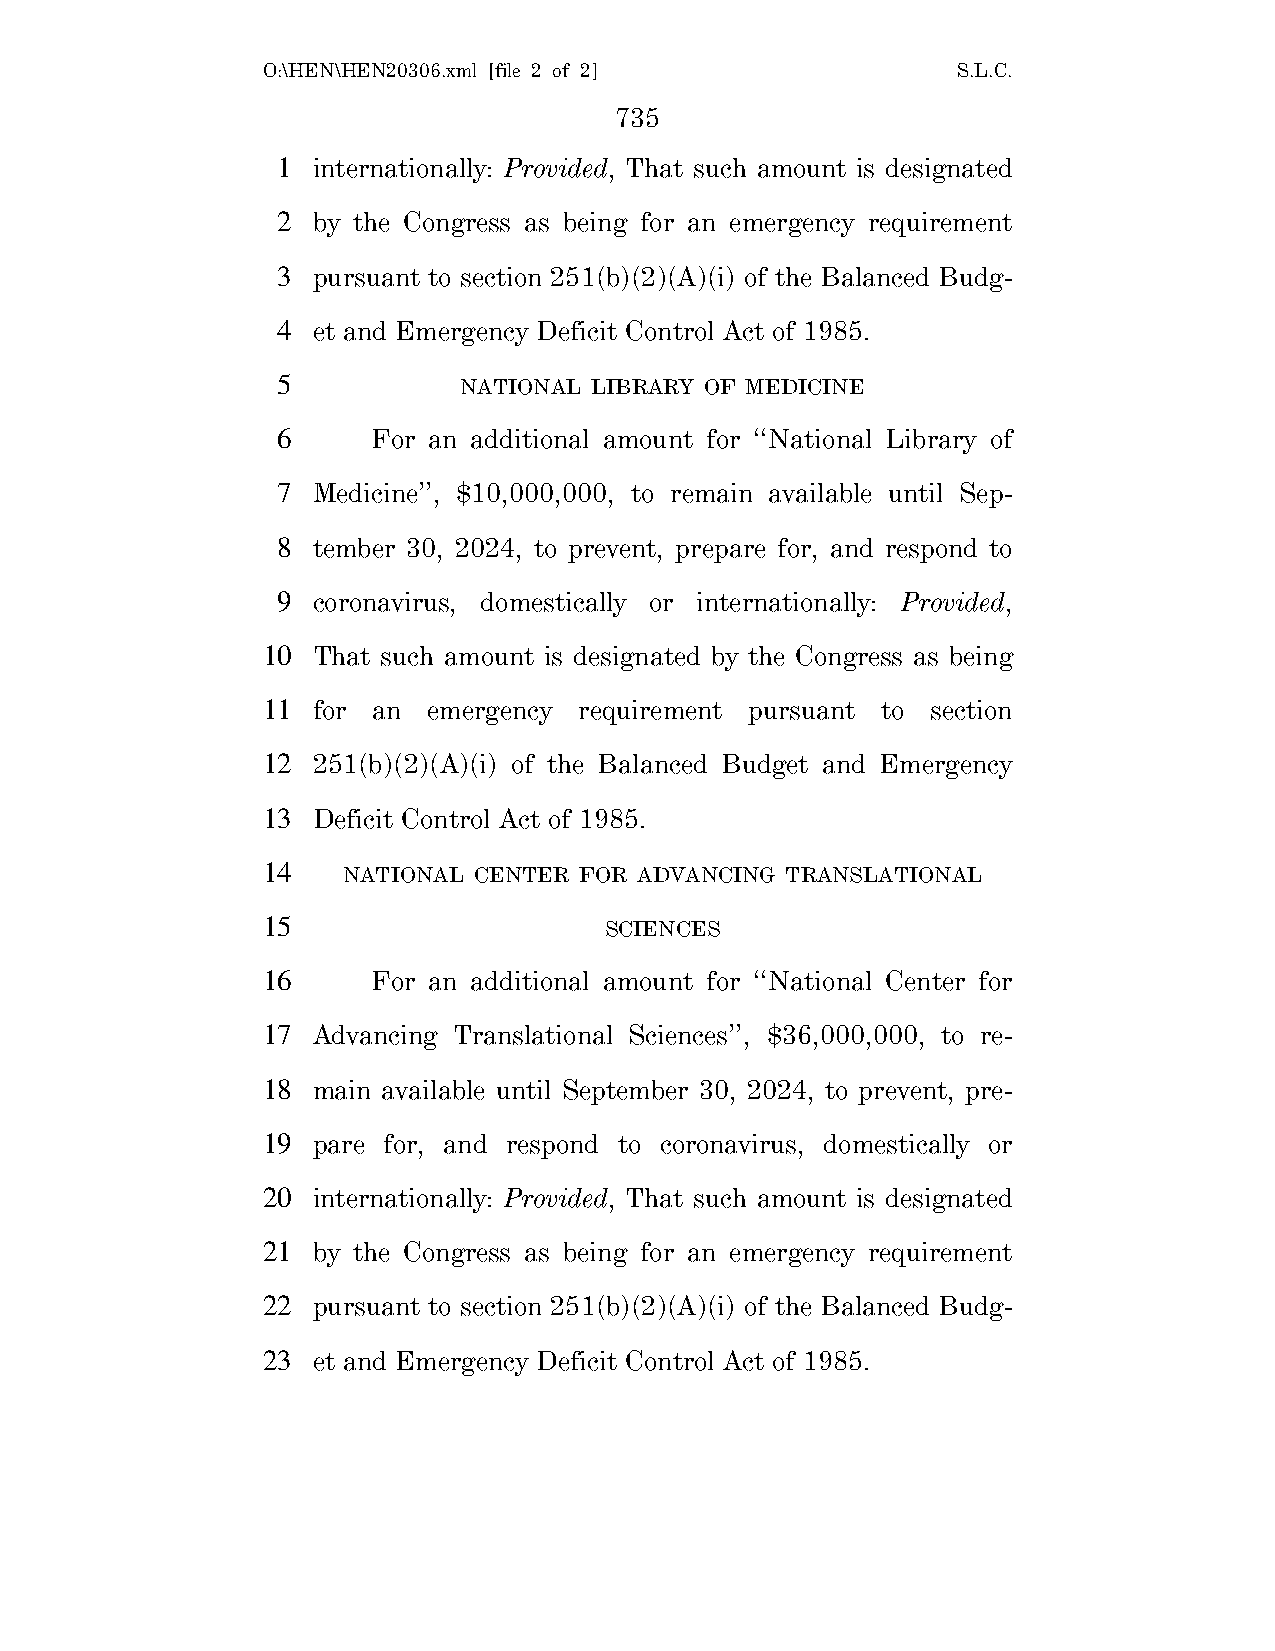
O:\HEN\HEN20306.xml [file 2 of 2]             S.L.C.
 735
 1  internationally: Provided, That such amount is designated
 2  by the Congress as being for an emergency requirement
 3  pursuant to section 251(b)(2)(A)(i) of the Balanced Budg-
 4  et and Emergency Deficit Control Act of 1985.
 5           NATIONAL LIBRARY OF MEDICINE
 6      For an additional amount for ‘‘National Library of
 7  Medicine’’, $10,000,000, to remain available until Sep-
 8  tember 30, 2024, to prevent, prepare for, and respond to
 9  coronavirus, domestically or internationally: Provided,
 10  That such amount is designated by the Congress as being
 11  for an emergency requirement pursuant to section
 12  251(b)(2)(A)(i) of the Balanced Budget and Emergency
 13  Deficit Control Act of 1985.
 14    NATIONAL CENTER FOR ADVANCING TRANSLATIONAL
 15                     SCIENCES
 16      For an additional amount for ‘‘National Center for
 17  Advancing Translational Sciences’’, $36,000,000, to re-
 18  main available until September 30, 2024, to prevent, pre-
 19  pare for, and respond to coronavirus, domestically or
 20  internationally: Provided, That such amount is designated
 21  by the Congress as being for an emergency requirement
 22  pursuant to section 251(b)(2)(A)(i) of the Balanced Budg-
 23  et and Emergency Deficit Control Act of 1985.